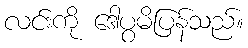
လင်းကို ဒေါပွမိပြန်သည်။